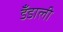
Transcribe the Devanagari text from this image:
डँडाली